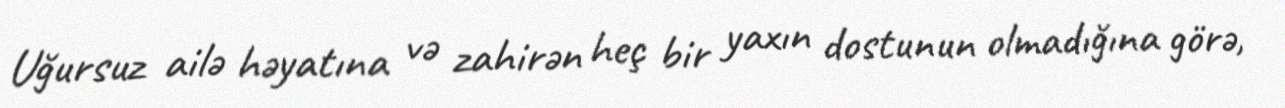
Uğursuz ailə həyatına və zahirən heç bir yaxın dostunun olmadığına görə,